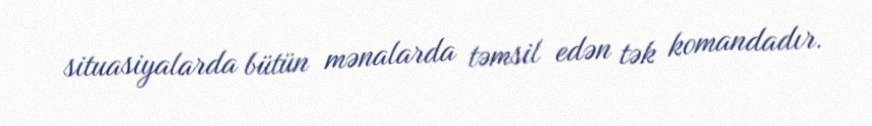
situasiyalarda bütün mənalarda təmsil edən tək komandadır.